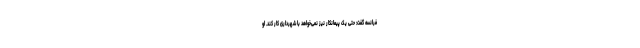
فرانسه گفت: حتی یک پیمانکار نیز نمی‌خواهد با شهرداری کار کند. او